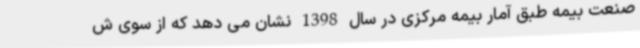
صنعت بیمه طبق آمار بیمه مرکزی در سال 1398 نشان می دهد که از سوی ش